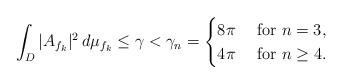
LaTeX: \begin{align*}\int_D |A_{f_k}|^2\,d\mu_{f_k} \leq \gamma <\gamma_n =\begin{cases}8\pi & \mbox{ for } n = 3,\\4\pi & \mbox{ for }n \geq 4.\end{cases}\end{align*}